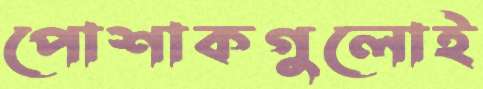
পোশাকগুলোই